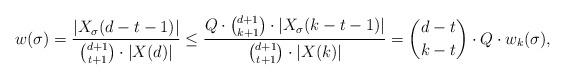
LaTeX: \begin{align*}w(\sigma) = \frac{|X_\sigma(d-t-1)|}{{d+1 \choose t+1}\cdot |X(d)|} \leq \frac{Q \cdot {d+1 \choose k+1} \cdot |X_\sigma(k-t-1)|}{{d+1 \choose t+1} \cdot |X(k)|} = {d-t \choose k-t} \cdot Q \cdot w_k(\sigma),\end{align*}